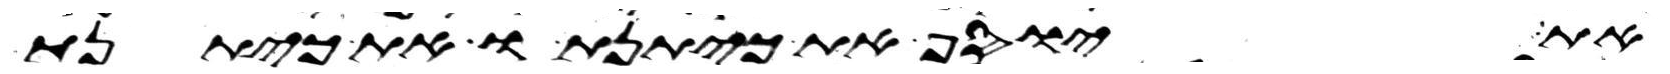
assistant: את יוסף את כיתנתו את כיתנת